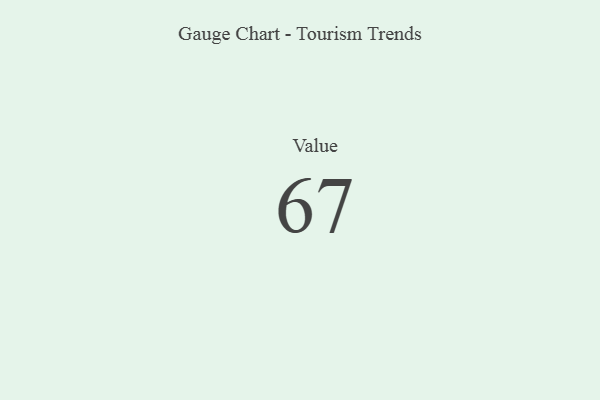
{"axis": {"x": "Metric", "y": "Value"}, "legend": [""], "data": [{"x": "Value", "y": 67, "type": ""}]}